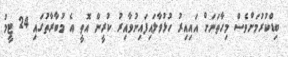
ބިޑްކުރުމަށްވެސް މިހާތަނަށް އައިއިރު ހުޅުވާލައިފައިނުވާއިރު ކުރީން އޮތީ އެ މުބާރާތުގައި 24 ޓީމު